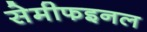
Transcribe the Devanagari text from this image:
सेमीफइनल